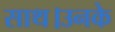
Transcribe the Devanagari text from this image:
साथ।उनके